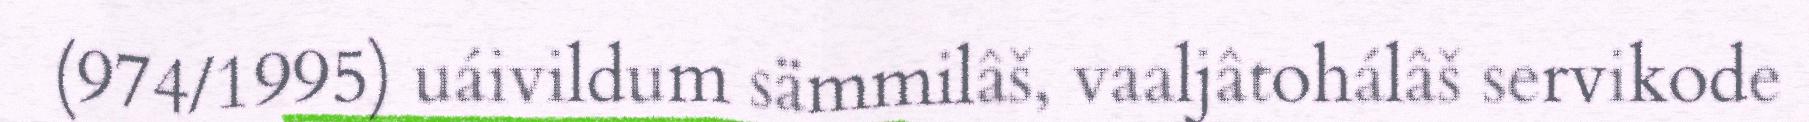
(974/1995) uáivildum sämmilâš, vaaljâtohálâš servikode